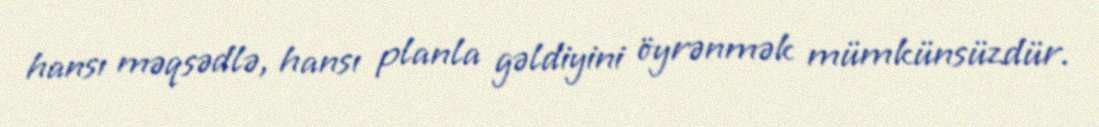
hansı məqsədlə, hansı planla gəldiyini öyrənmək mümkünsüzdür.